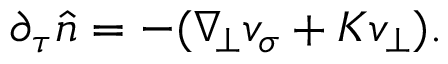
\begin{array} { r } { \partial _ { \tau } \widehat { n } = - ( \nabla _ { \! \bot } v _ { \sigma } + K v _ { \bot } ) . } \end{array}